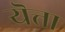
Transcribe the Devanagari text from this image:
यॆत्ता